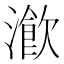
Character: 𤀔